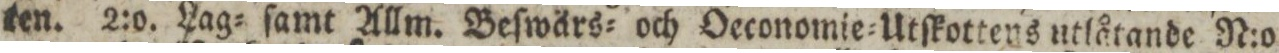
ten. 2:o. Lag= ſamt Allm. Beſwärs= och Oeconomie=Utſkottens utlåtande N:o